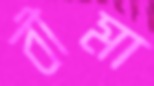
বীমা